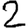
Digit: 2